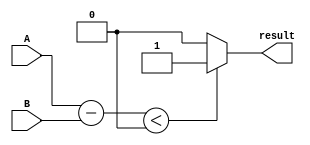
module less_than_comparator(input [7:0] A, input [7:0] B, output result);

  reg [7:0] subtract_result;
  
  assign subtract_result = A - B;

  assign result = (subtract_result < 0) ? 1'b1 : 1'b0;

endmodule